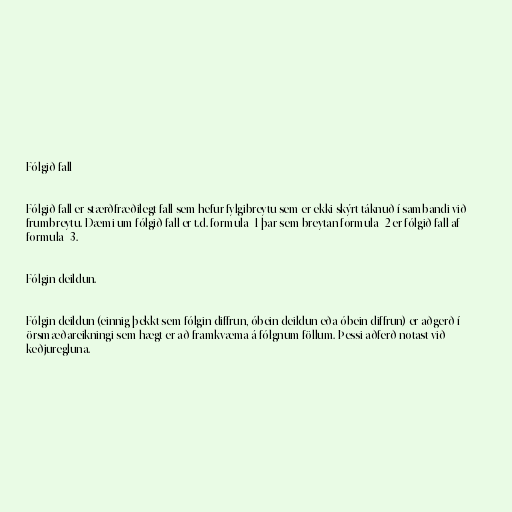
Fólgið fall

Fólgið fall er stærðfræðilegt fall sem hefur fylgibreytu sem er ekki skýrt táknuð í sambandi við
frumbreytu. Dæmi um fólgið fall er t.d. formula_1 þar sem breytan formula_2 er fólgið fall af
formula_3.

Fólgin deildun.

Fólgin deildun (einnig þekkt sem fólgin diffrun, óbein deildun eða óbein diffrun) er aðgerð í
örsmæðareikningi sem hægt er að framkvæma á fólgnum föllum. Þessi aðferð notast við
keðjuregluna.